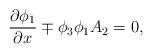
LaTeX: \begin{align*}\frac{\partial \phi_1}{\partial x}\mp \phi_3\phi_1A_2=0,\end{align*}